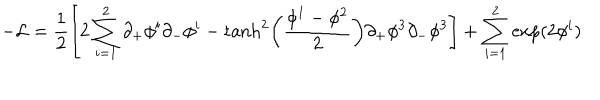
LaTeX: - { \cal L } = \frac { 1 } { 2 } \left[ 2 \sum _ { i = 1 } ^ { 2 } \partial _ { + } \phi ^ { i } \partial _ { - } \phi ^ { i } - \tanh ^ { 2 } \left( { \frac { \phi ^ { 1 } - \phi ^ { 2 } } { 2 } } \right) \partial _ { + } \phi ^ { 3 } \partial _ { - } \phi ^ { 3 } \right] + \sum _ { i = 1 } ^ { 2 } \exp ( 2 \phi ^ { i } )